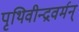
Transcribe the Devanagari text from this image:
पृथिवीन्द्रवर्मन्